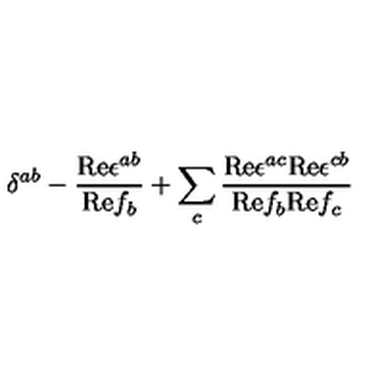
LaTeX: \delta ^ { a b } - { \frac { \mathrm { R e } \epsilon ^ { a b } } { \mathrm { R e } f _ { b } } } + \sum _ { c } { \frac { \mathrm { R e } \epsilon ^ { a c } \mathrm { R e } \epsilon ^ { c b } } { \mathrm { R e } f _ { b } \mathrm { R e } f _ { c } } }